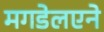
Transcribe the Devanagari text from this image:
मगडेलएने